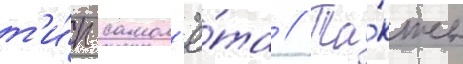
т'и́п самол'ё́та // Та́кже